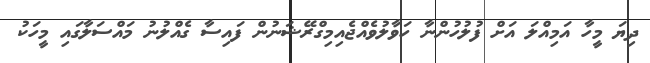
ދިޔަ މީހާ އަމިއްލަ އަށް ފުލުހުންނާ ހަވާލުވެއްޖެއިމިގްރޭޝަނުން ފައިސާ ގެއްލުނު މައްސަލާގައި މީހަކު